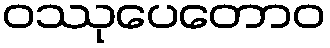
ဝဿုပေတောဝ